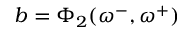
b = \Phi _ { 2 } ( \omega ^ { - } , \omega ^ { + } )